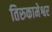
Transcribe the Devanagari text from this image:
तिरुकामेश्वर